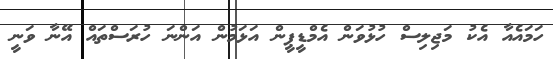
ހަމައެއާ އެކު މަޖިލިސް ހުޅުވަން އެމްޑީޕީން އަޅަމުން އަންނަ ހުރަސްތައް އޭނާ ވަނީ